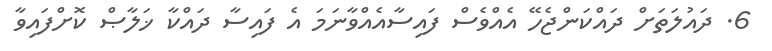
6. ދައުލަތަށް ދައްކަންޖެހޭ އެއްވެސް ފައިސާއެއްވާނަމަ އެ ފައިސާ ދައްކާ ޚަލާޞް ކޮށްފައިވާ